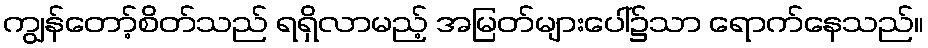
ကျွန်တော့်စိတ်သည် ရရှိလာမည့် အမြတ်များပေါ်၌သာ ရောက်နေသည်။